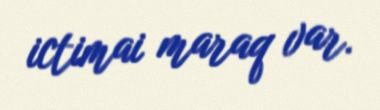
ictimai maraq var.